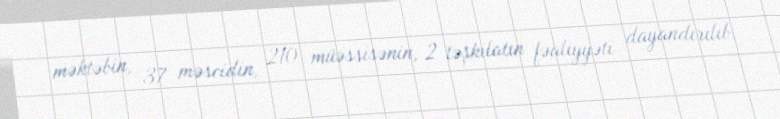
məktəbin, 37 məscidin, 210 müəssisənin, 2 təşkilatın fəaliyyəti dayandırılıb.